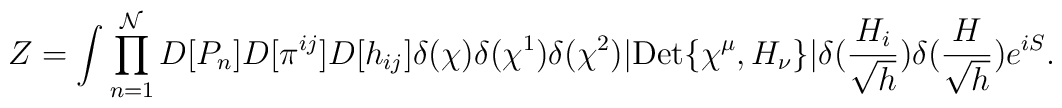
Z= \int \prod_{n=1}^{\mathcal{N}}D[P_n]D[\pi^{ij}] D[h_{ij}] \delta(\chi)\delta(\chi^1)\delta(\chi^2)|{\rm Det}\{\chi^\mu, H_\nu\}|\delta(\frac{H_i}{\sqrt{h}})\delta(\frac{H}{\sqrt{h}}) e^{i S}.